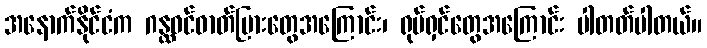
အနောက်နိုင်ငံက ဂန္ထဝင်ဓာတ်ပြားတွေအကြောင်း၊ ရုပ်ရှင်တွေအကြောင်း ပါတတ်ပါတယ်။